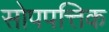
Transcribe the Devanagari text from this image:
सोपपत्तिक